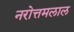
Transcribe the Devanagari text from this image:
नरोत्तमलाल